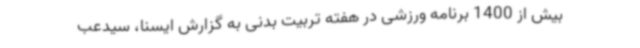
بیش از 1400 برنامه ورزشی در هفته تربیت بدنی به گزارش ایسنا، سیدعب